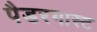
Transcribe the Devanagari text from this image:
पैडरगास्ट